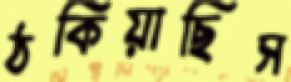
ঠকিয়াছিস